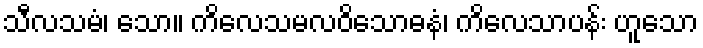
သီလသမံ၊ သော။ ကိလေသမလဝိသောဓနံ၊ ကိလေသာပန်း ဟူသော